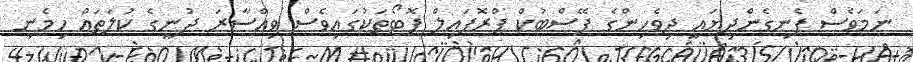
ނަމަވެސް ފެނިގެންދިޔައީ ދިވެހިންގެ ފޭސްބުކް ޕްރޮފައިލް ފޮޓޯތަކުގައިވެސް ވިއްސާރަ ދުނީގެ ކުލަތައް ހިމެނި